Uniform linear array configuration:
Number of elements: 4
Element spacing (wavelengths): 1
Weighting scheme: blackman
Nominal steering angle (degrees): -45
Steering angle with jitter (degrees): -43.275
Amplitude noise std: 0.05
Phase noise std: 0.05

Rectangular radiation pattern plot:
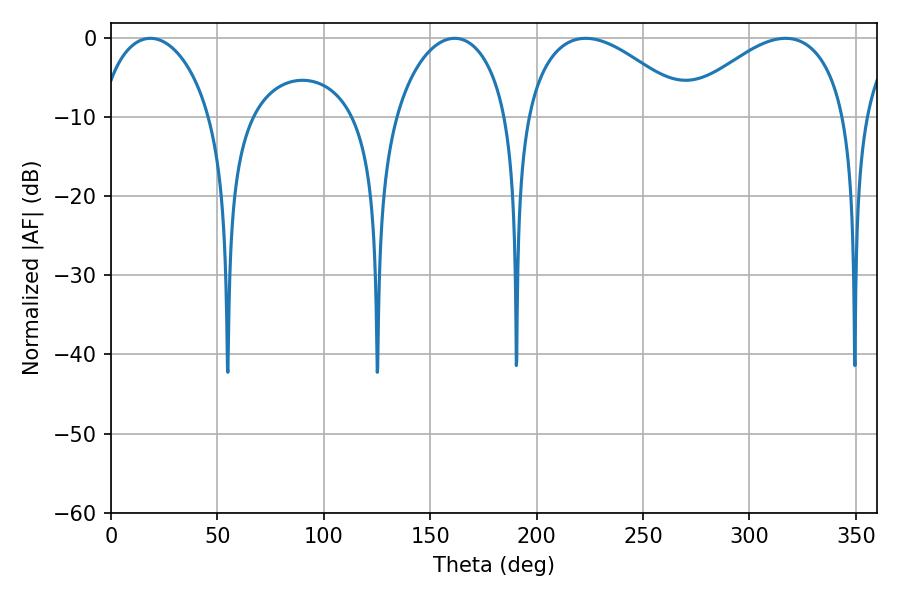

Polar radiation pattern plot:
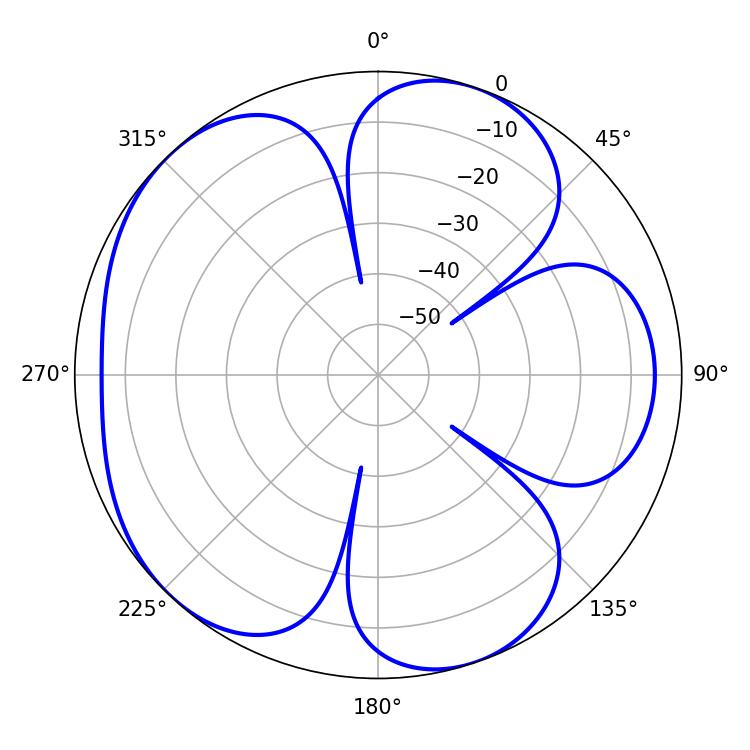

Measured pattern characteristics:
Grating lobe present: TRUE
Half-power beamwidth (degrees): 43.02
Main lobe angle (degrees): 223.02